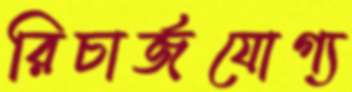
রিচার্জযোগ্য